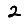
Digit: 2